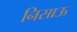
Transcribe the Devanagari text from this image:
निसाऊ